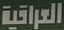
العراقیة